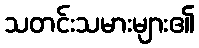
သတင်းသမားများ၏